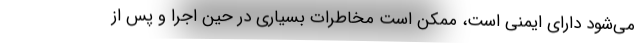
می‌شود دارای ایمنی است، ممکن است مخاطرات بسیاری در حین اجرا و پس از